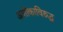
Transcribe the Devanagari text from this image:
अशोकाविरुद्ध